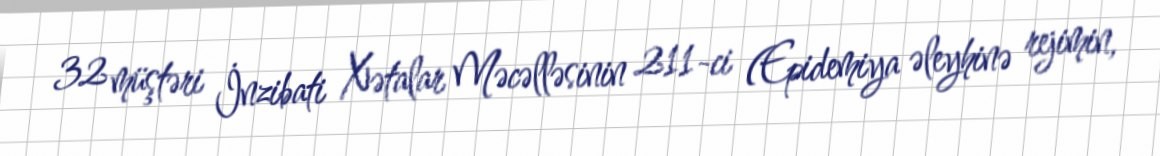
32 müştəri İnzibati Xətalar Məcəlləsinin 211-ci (Epidemiya əleyhinə rejimin,